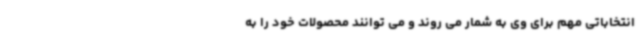
انتخاباتی مهم برای وی به شمار می روند و می توانند محصولات خود را به